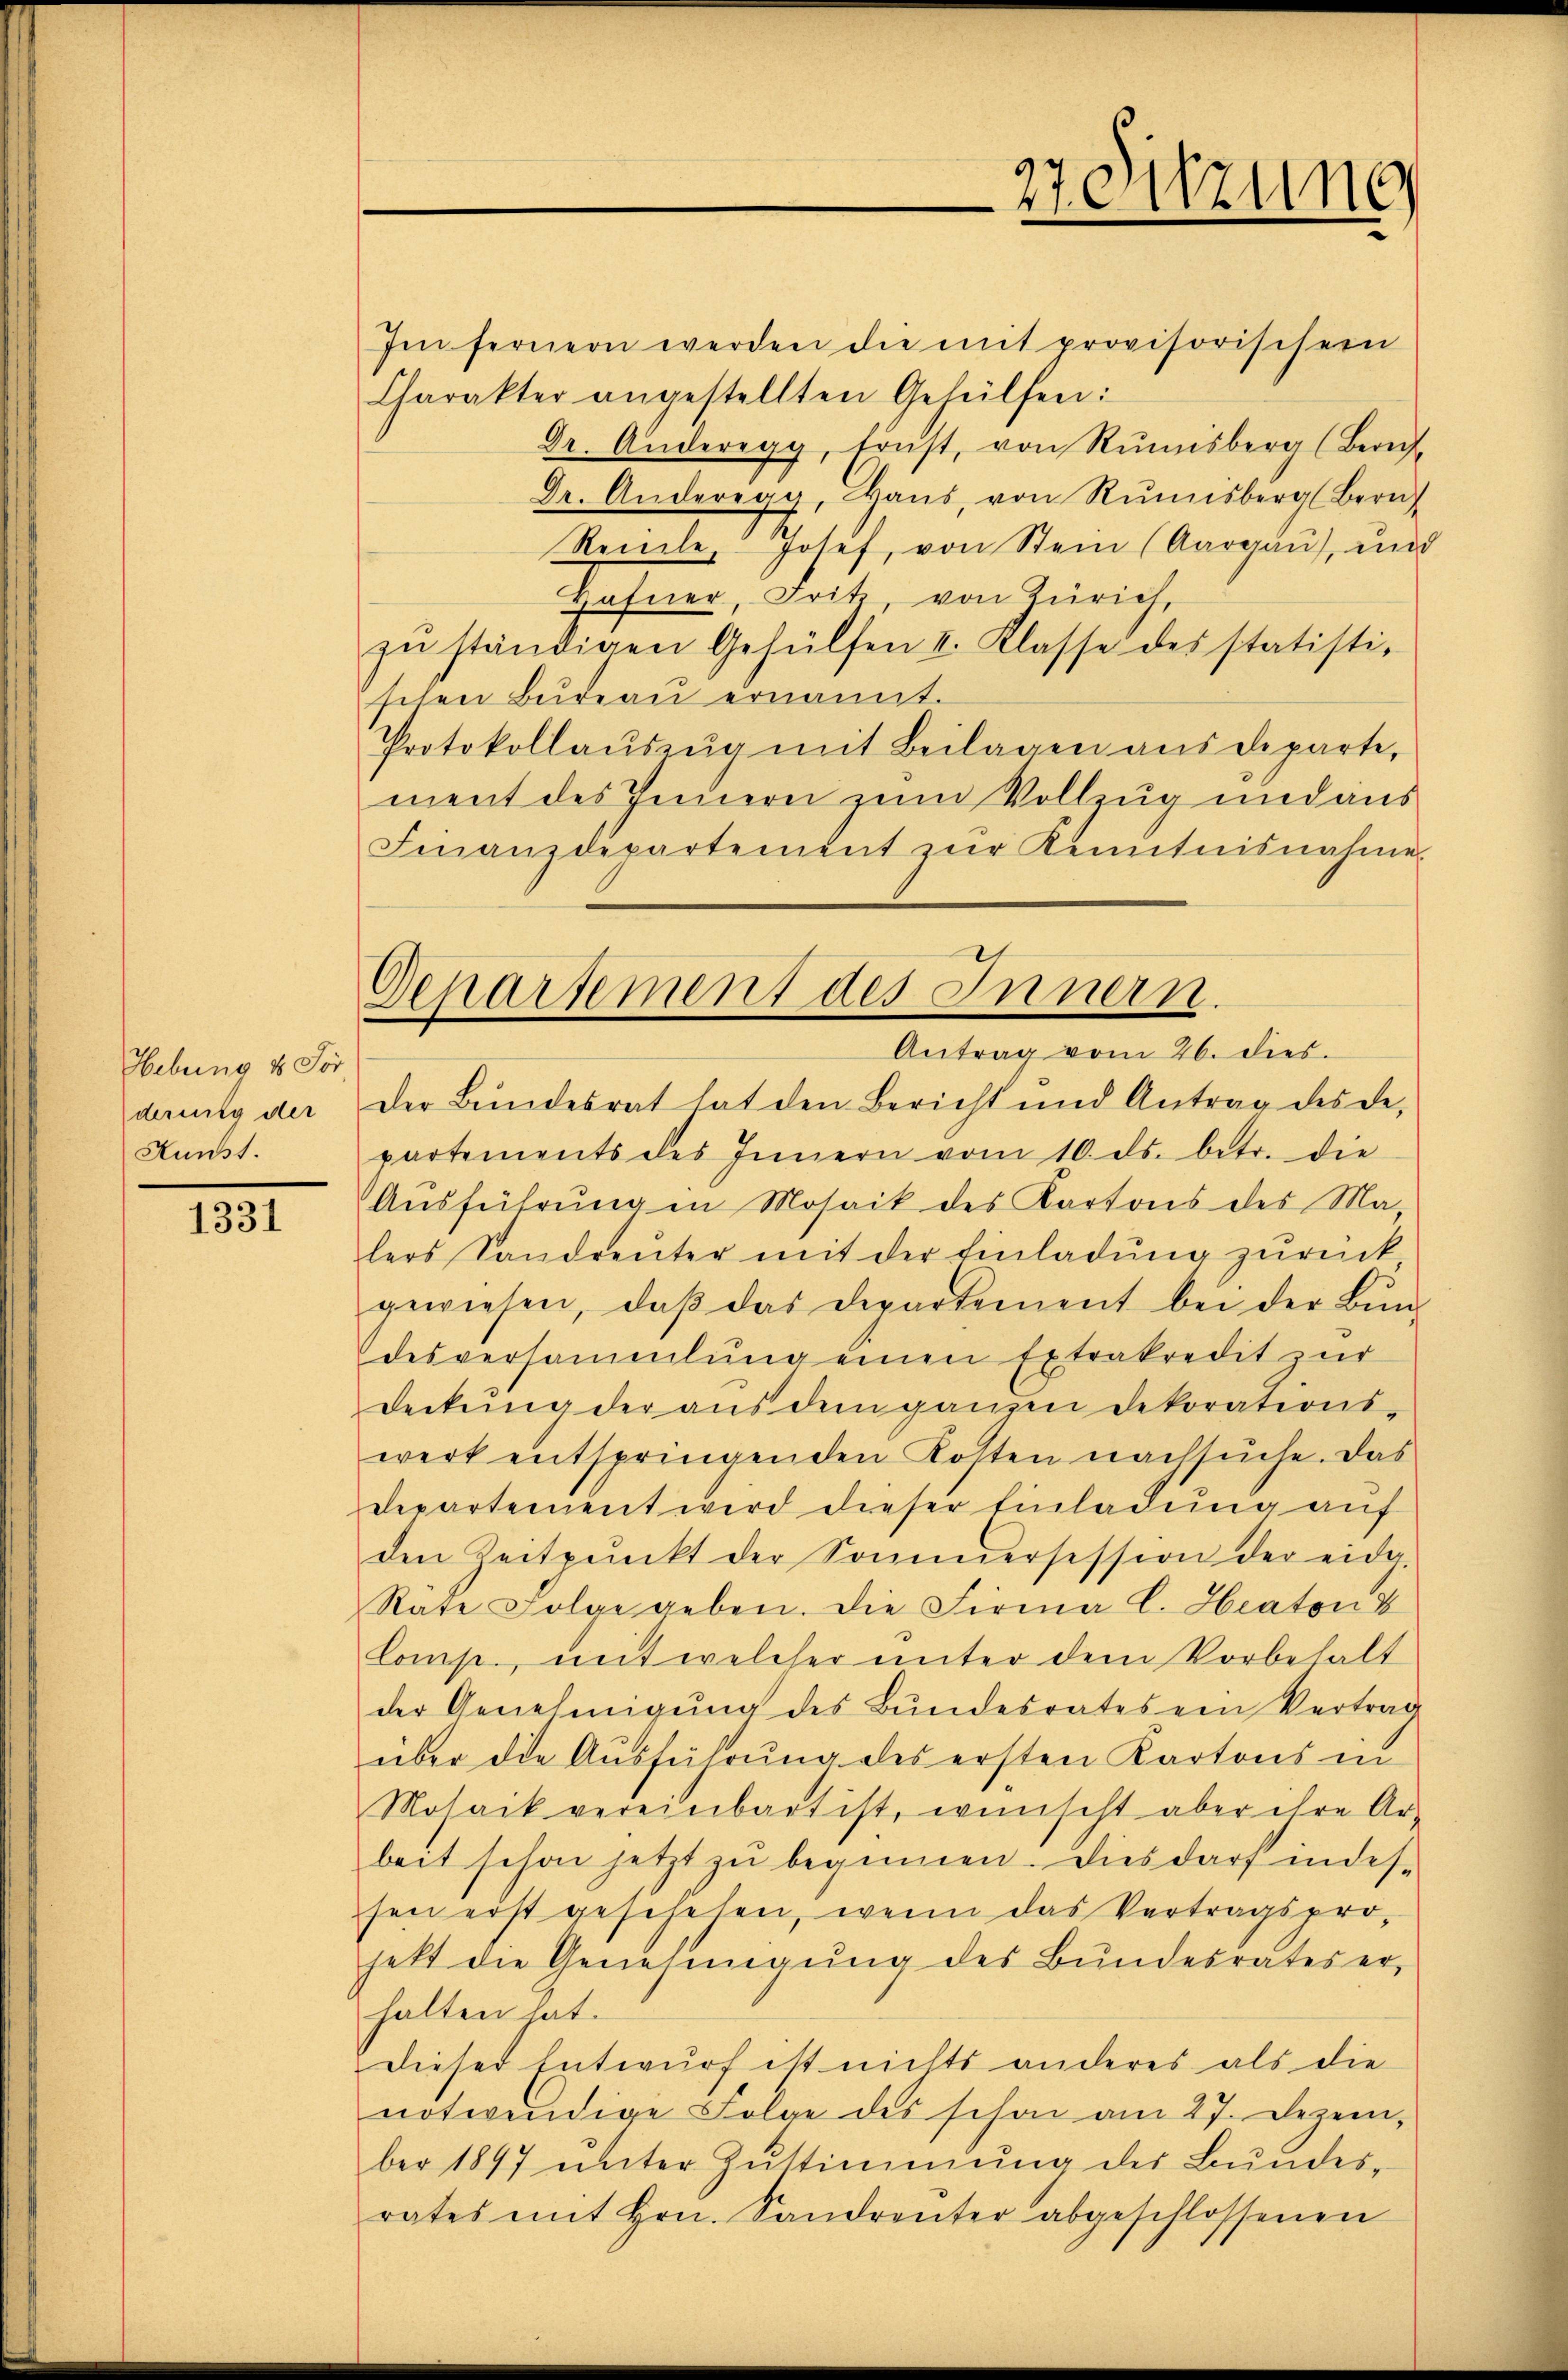
Hebung & For
derung der
Kunst.

1331

Gepartement des Innern.
Antrag vom 26. dies

Im fernern werden die mit provisorischer
Charakter angestellten Gehülfen:
Dr. Anderegg, Ernst, von Rŭmisberg (Berech
Dr. Anderegg, Haŭs, von Rŭnisberg Bern
Rente, Josef, von Stein (Aargaŭ), un
Hafner, Fritz, von Zürich,
zŭ ständigen Gehülfen II. Classe des statisti-
sehen Budeau ernannt.
Protokollaŭszŭg mit Beilagen aus departe,
ment des Innern zum Vollzug und aus
Finanzdepartement zŭr Kenntnisnahme.
Der Bundesrat hat den Bericht und Antrag des de
partements des Innern vom 10. ds. betr. die
Ausführung in Mosaik des Kartons des Ma
lers Sandrenter mit der Einladŭng zŭrück
gewiesen, daβ das Departement bei der Bŭn-
desversammlung einen Extrakredit zur
deckŭng der aŭs dem ganzen Dekorations-
werk entspringenden Kosten nachsuche. Das
departement wird dieser Einladŭng aŭf
den Zeitpunkt der Sommersession der eidg.
Rate Folge geben. Die Firma C. Hraton 8
Comp., mit welcher unter dem Vorbehalt
der Genehmigŭng des Bundesrates ein Vertrag
über die Ausführung des ersten Kartons in
Mosack vereinbart ist, wünscht aber ihre Ar-
beit schon jetzt zu beginnen. Dies darf indessen erst geschehen, wenn das Vertragsprohett die Genehmigŭng des Bŭndesrates er-
halten hat.
Dieser Entwurf ist nichts anderes als die
notwendige Folge des schon am 27. Dezem-
ber 1897 ŭnter Zŭstimmung der Bundes-
rates mit Hrn. Sandrenter abgeschlossenen

27 Sitzung